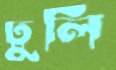
ঢুলি